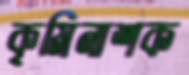
কৃমিনাশক